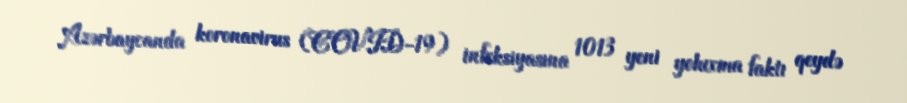
Azərbaycanda koronavirus (COVID-19) infeksiyasına 1013 yeni yoluxma faktı qeydə